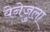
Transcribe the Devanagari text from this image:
वेनेजुला